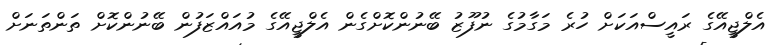
އެލްޖީއޭގެ ރައީސްއަކަށް ހުރެ މަގާމުގެ ނުފޫޒު ބޭނުންކޮށްގެން އެލްޖީއޭގެ މުއައްޒަފުން ބޭނުންކޮށް ތަންތަނަށް